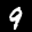
Label: 9